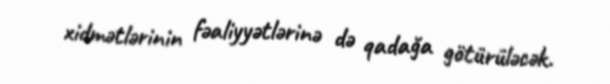
xidmətlərinin fəaliyyətlərinə də qadağa götürüləcək.